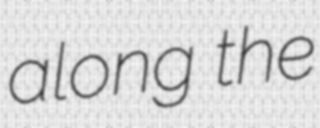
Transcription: along the